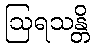
ဩရသန္တိ